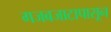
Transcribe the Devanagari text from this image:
गजबजाटापासून